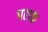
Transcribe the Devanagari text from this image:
पराकं